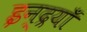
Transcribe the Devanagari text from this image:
इन्द्रयाँ